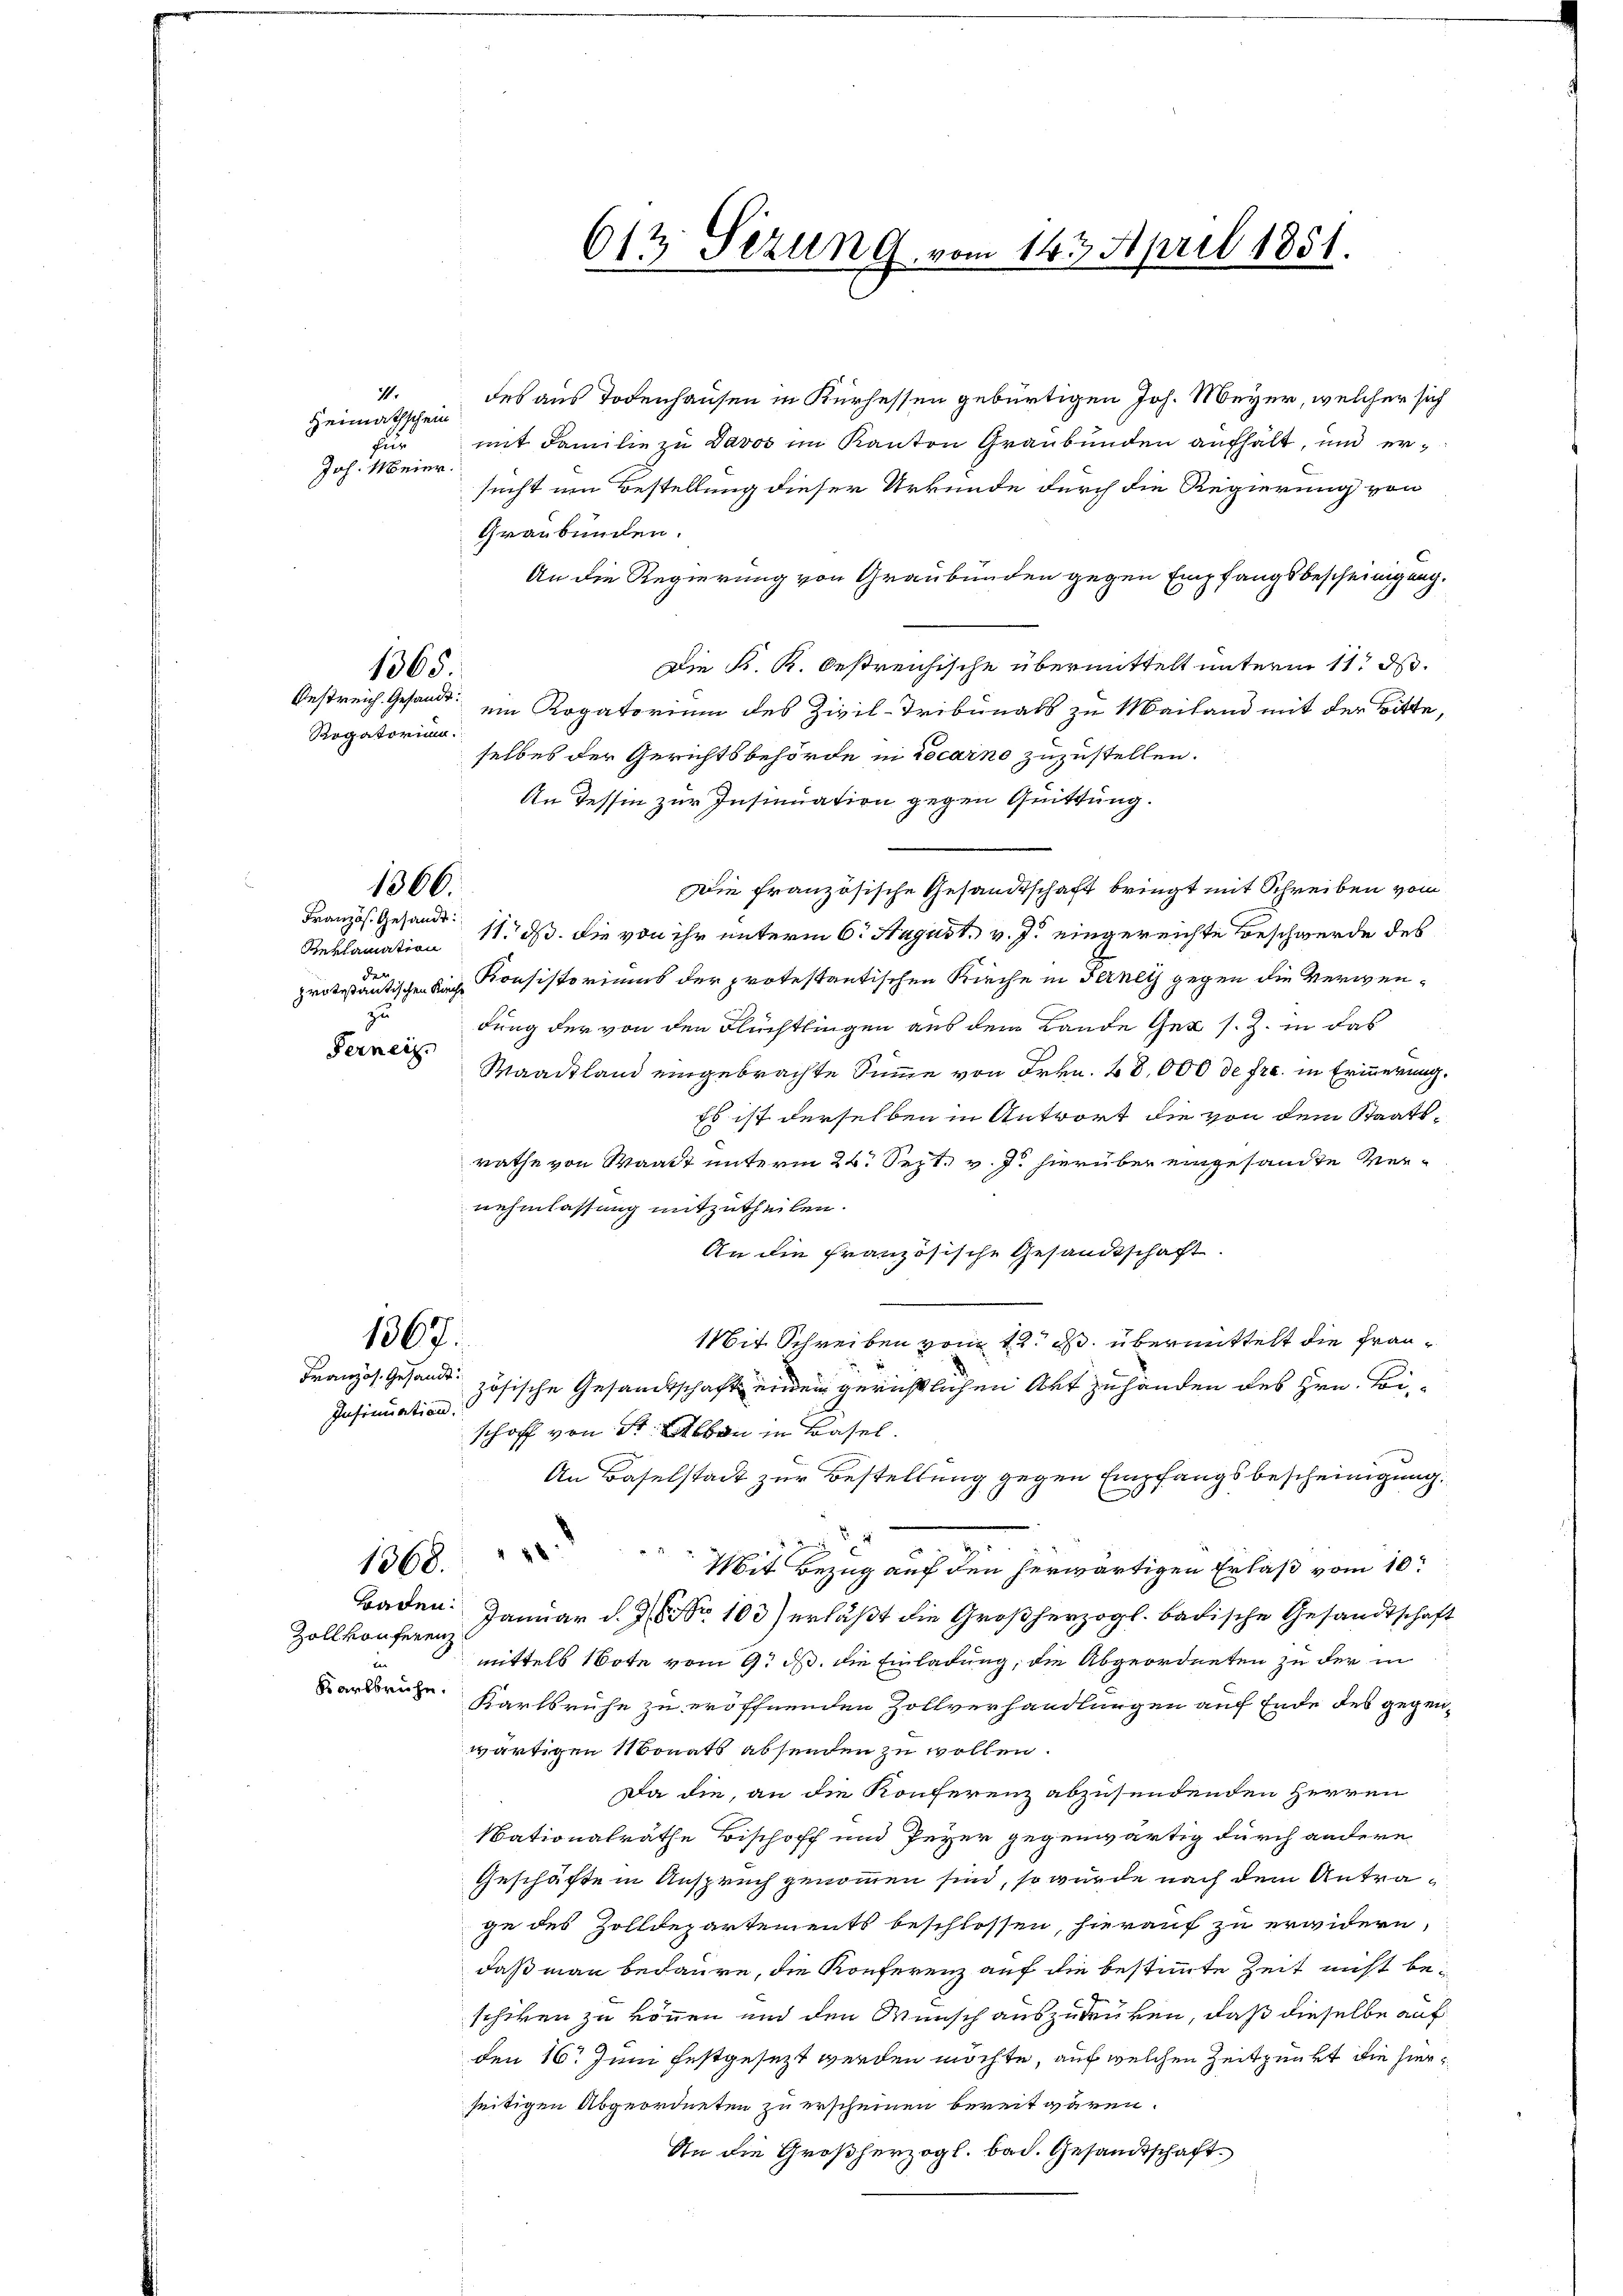
1.
Heimathschein
fun
Joh. Meier.

Rogatorium.

Französ. Gesandt.
der
3

Ferneig

des aus Todenhausen in Kurhessen gebürtigen Joh. Meyer, welcher sich
mit Familie zu Davos im Kanton Graubünden aufhält, und ersucht um Bestellung dieser Urkunde durch die Regierung von
Graubünden.
An die Regierung von Graubünden gegen Empfangsbescheinigung.
Die K. K. Oestreichische übermittelt unterm 11t d.
Gestreich. Gesandt ein Rogatorium des Zivil-Tribunals zu Mailand mit der Bitte,
selbes der Gerichtsbehörde in Locarno zuzustellen.
An Tessin zur Insinuation gegen Quittung.
Die französische Gesandtschaft bringt mit Schreiben vom
Reklamation 11. ds. die von ihr unterm 6. August. v. J. eingereichte Beschwerde des
protestantischen Kirch Konsistoriums der protestantischen Kirche in Ferney gegen die Verwendung der von den Flüchtlingen aus dem Lande Gut s. Z. in das
Maadtland eingebrachte Summe von Frkn. 28,000 de fr. in Erinnerung.
Es ist derselben in Antwort die von dem Staatsrathe von Waadt unterm 24. Sept. v. J. hierüber eingesandte Vernehmlassung mitzutheilen.
An die Französische Gesandtschaft.
1367.
Mit Schreiben vom 12. ds. übermittelt die Fran¬
Französ. Gesandt zösische Gesandtschaftenden gerichtlichen Art zuhänden des Hrn. Bi
Insinuation.
schoff von Sr. Eben in Basel.
An Baselstadt zur Bestellung gegen Empfangsbescheinigung.
.
1368.
Mit Bezug auf den herwärtigen Erlaß vom 10t
Baden.
Januar d. d. 103) erläßt die Großherzogl. badische Gesandtschaft
Zollkonferenz
mittels Note vom 9. d. die Einladung, die Abgeordneten zu der in
t
Karkbruhe.
Karlsruhe zu eröffnenden Zollverhandlungen auf Ende des gegenwärtigen Monats absenden zu wollen.
Da die, an die Konferenz abzusendenden Herren
Nationalrathe Bischoff und Peyer gegenwärtig durch andere
Geschäfte in Anspruch genommen sind, so wurde nach dem Antrage des Zolldepartements beschlossen, hierauf zu erwidern,
daß man bedaure, die Konferenz auf die bestimmte Zeit nicht beschiken zu können und den Wunsch auszudrüken, daß dieselbe auf
den 16. Juni festgesezt werden möchte, auf welchen Zeitpunkt die hierseitigen Abgeordneten zu erscheinen bereit wären.
An die Großherzogl. bad. Gesandtschaft

1365

1366.

612 Sezung vom 143. April 1851.